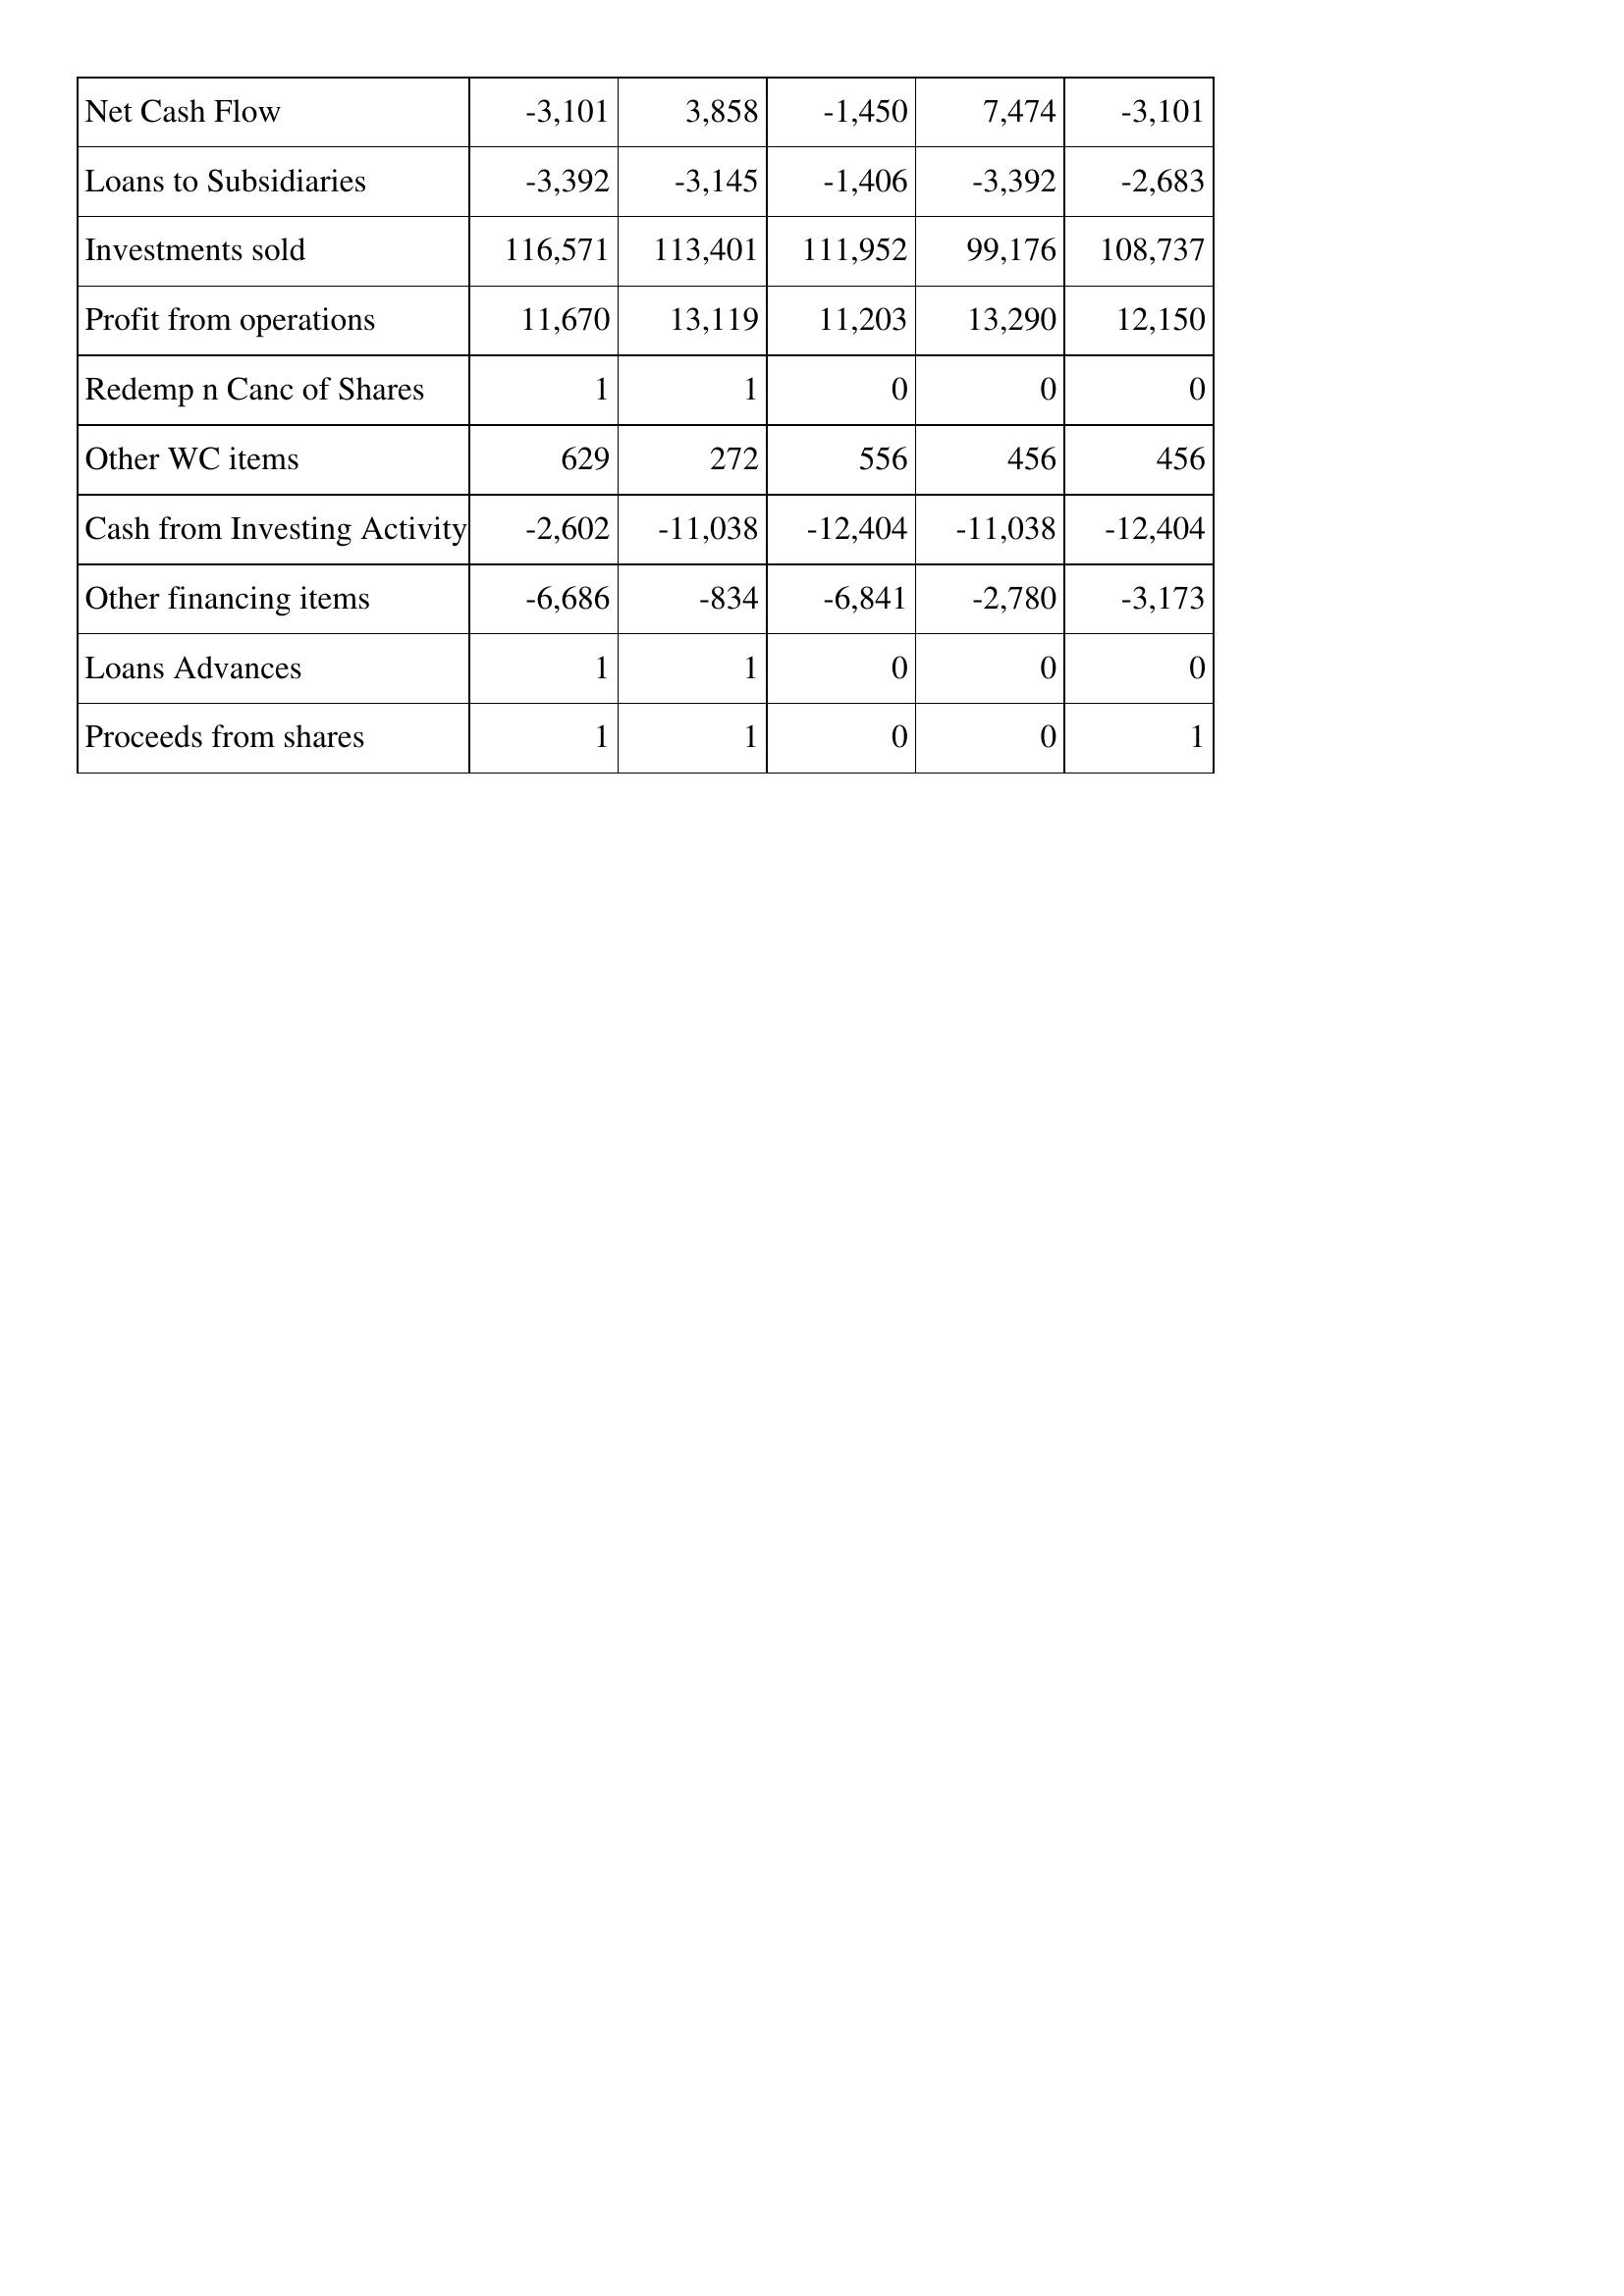
Apr-12: Cash Flows: Net Cash Flow: -3,101
Loans to Subsidiaries: -3,392
Investments sold: 116,571
Profit from operations: 11,670
Redemp n Canc of Shares: 1
Other WC items: 629
Cash from Investing Activity: -2,602
Other financing items: -6,686
Loans Advances: 1
Proceeds from shares: 1
Apr-11: Cash Flows: Net Cash Flow: 3,858
Loans to Subsidiaries: -3,145
Investments sold: 113,401
Profit from operations: 13,119
Redemp n Canc of Shares: 1
Other WC items: 272
Cash from Investing Activity: -11,038
Other financing items: -834
Loans Advances: 1
Proceeds from shares: 1
Apr-10: Cash Flows: Net Cash Flow: -1,450
Loans to Subsidiaries: -1,406
Investments sold: 111,952
Profit from operations: 11,203
Redemp n Canc of Shares: 0
Other WC items: 556
Cash from Investing Activity: -12,404
Other financing items: -6,841
Loans Advances: 0
Proceeds from shares: 0
Apr-09: Cash Flows: Net Cash Flow: 7,474
Loans to Subsidiaries: -3,392
Investments sold: 99,176
Profit from operations: 13,290
Redemp n Canc of Shares: 0
Other WC items: 456
Cash from Investing Activity: -11,038
Other financing items: -2,780
Loans Advances: 0
Proceeds from shares: 0
Apr-08: Cash Flows: Net Cash Flow: -3,101
Loans to Subsidiaries: -2,683
Investments sold: 108,737
Profit from operations: 12,150
Redemp n Canc of Shares: 0
Other WC items: 456
Cash from Investing Activity: -12,404
Other financing items: -3,173
Loans Advances: 0
Proceeds from shares: 1